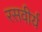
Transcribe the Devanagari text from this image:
रसवीर्य